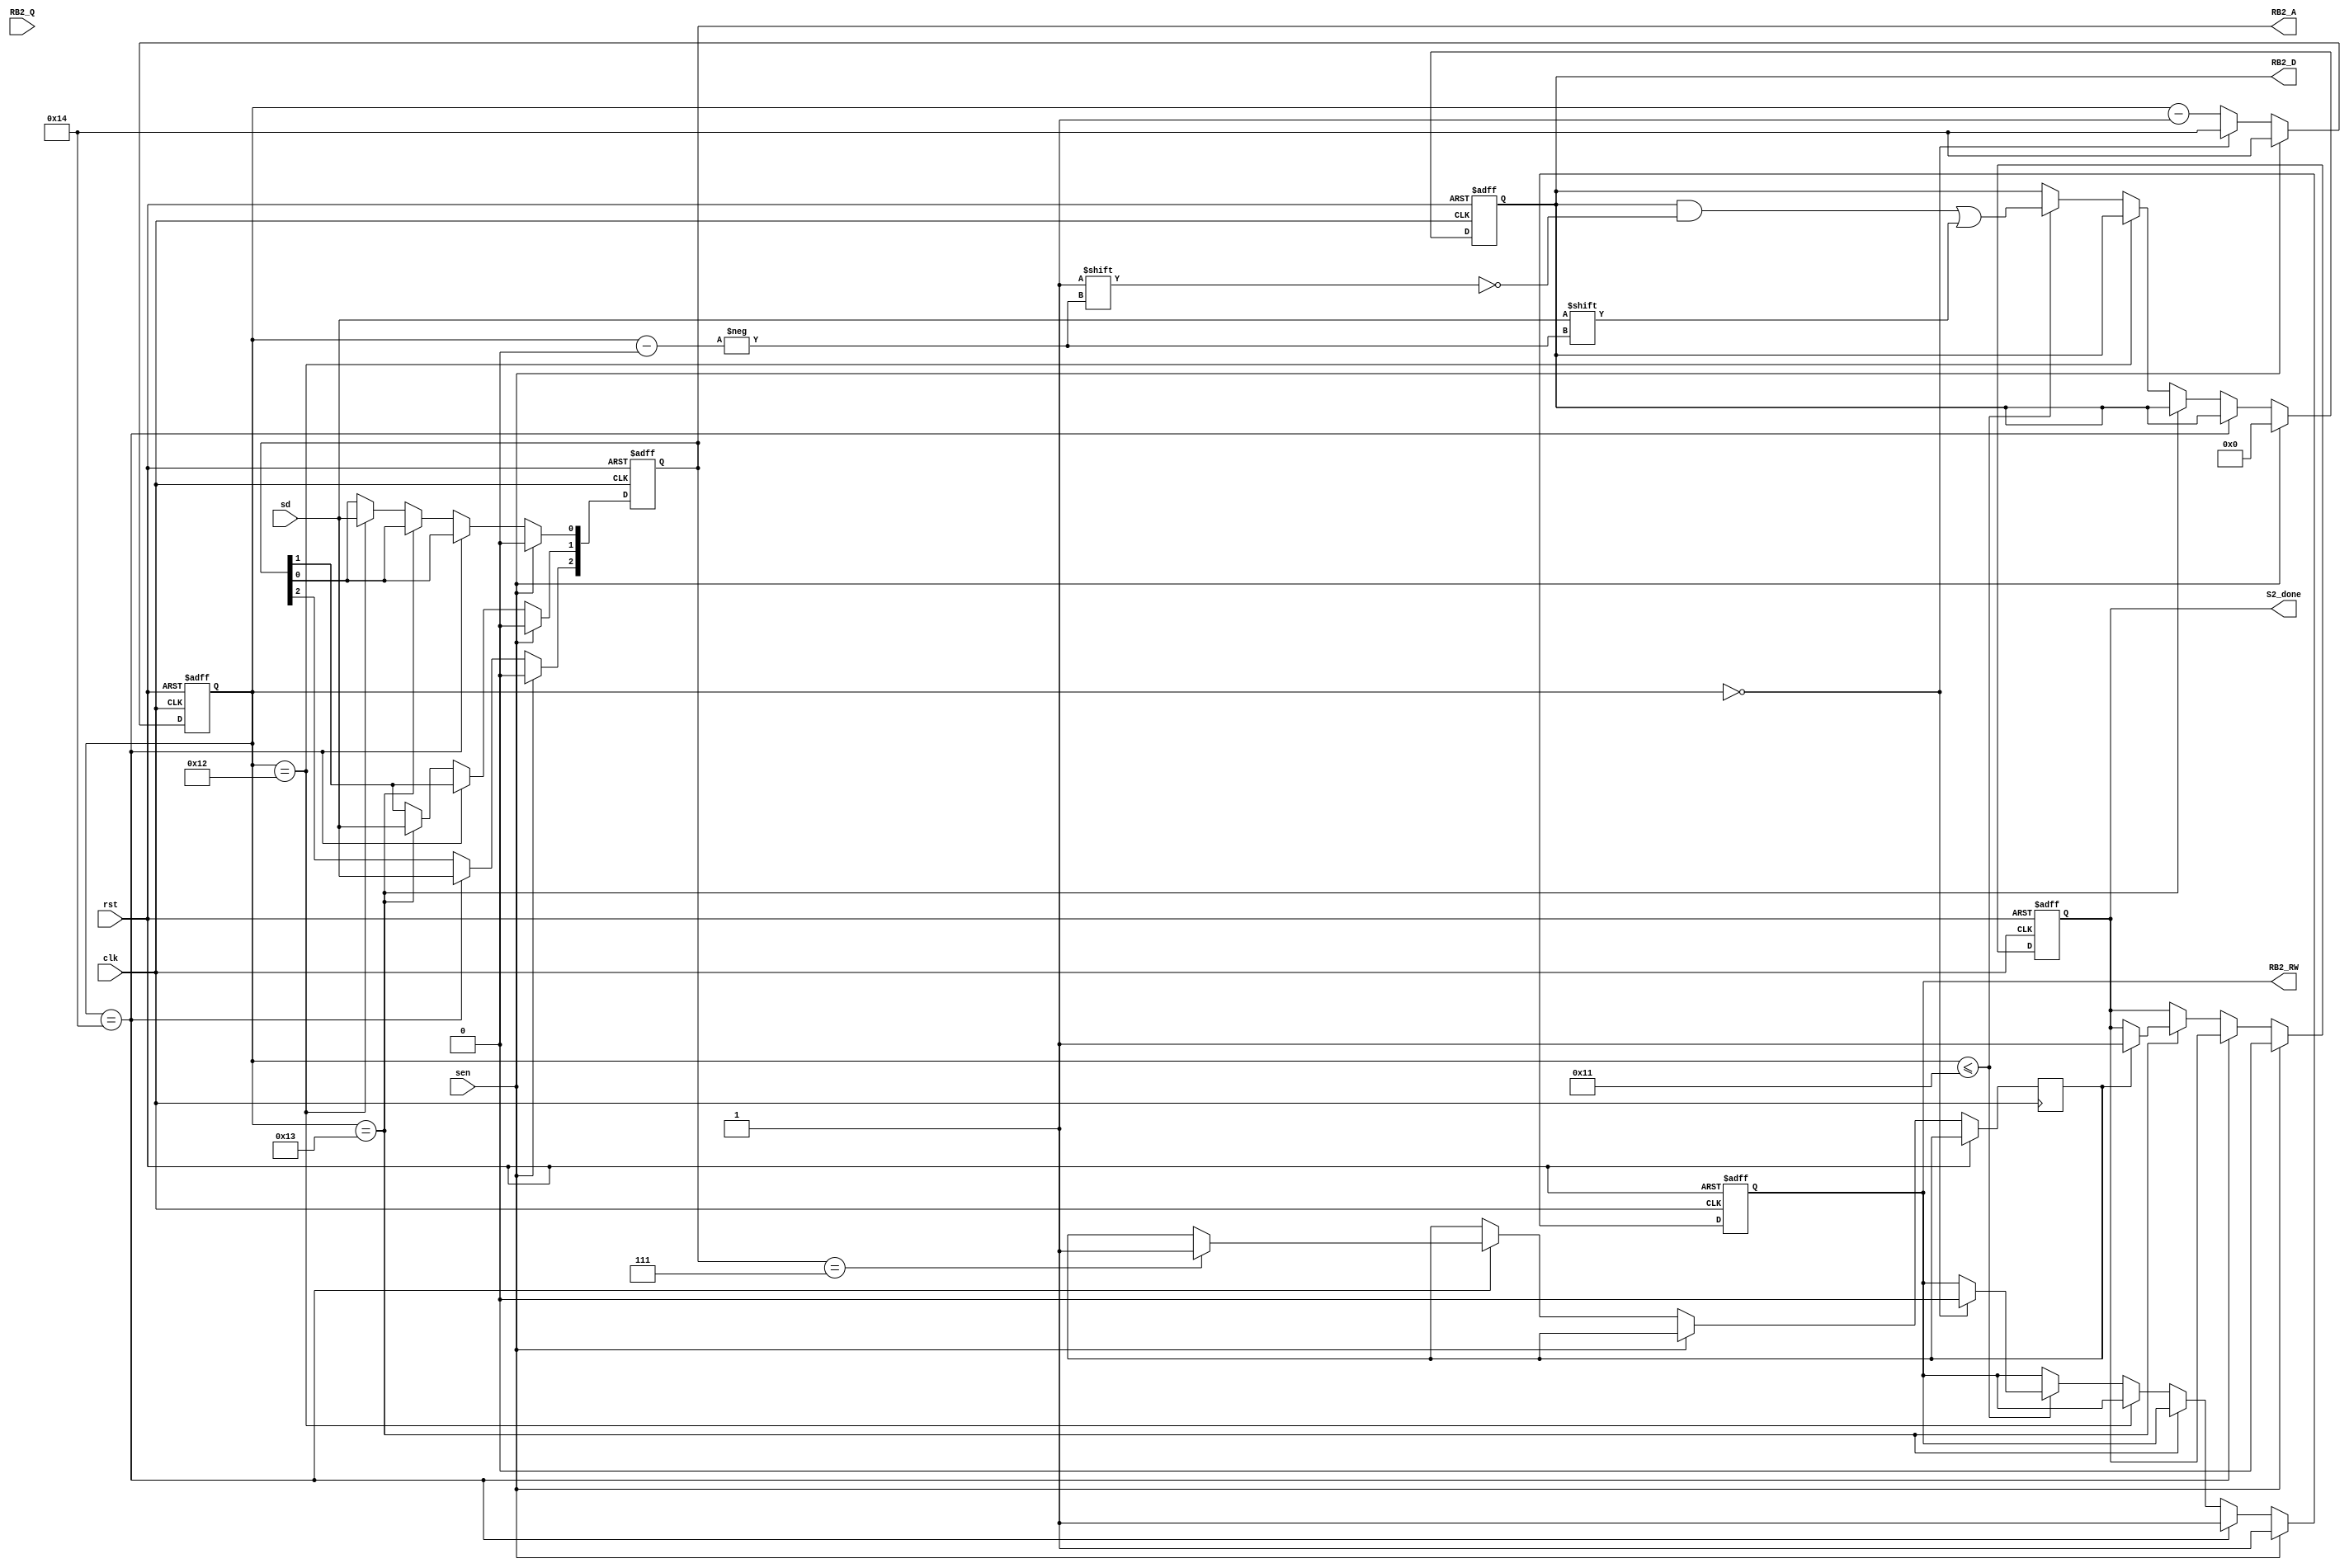
module S2(clk,
	  rst,
	  S2_done,
	  RB2_RW,
	  RB2_A,
	  RB2_D,
	  RB2_Q,
	  sen,
	  sd);

input clk,
      rst;

output reg S2_done,
       RB2_RW;

output reg [2:0] RB2_A;

output reg [17:0] RB2_D;

input [17:0] RB2_Q;

input sen,
      sd;

reg first, done;
reg[4:0] cnt;
//reg[1:0] acnt;
//reg[2:0] addreg;
//reg state; 

//parameter addr = 2'd0;
parameter data = 1'd0;
parameter write = 1'd1;

always @(posedge clk or posedge rst)
begin
	if(rst)
	begin
		RB2_RW <= 1;
		RB2_A <= 0;
		RB2_D <= 0;
		S2_done <= 0; 
                first <= 1;
		cnt <= 5'd20;
		//acnt <= 2'd2;
		//addreg <= 3'd0;
                //state <= data;
	end
	else if(sen)
        begin
            RB2_RW <= 1;
	    RB2_D <= 0;
	    RB2_A <= 0;
	    S2_done <= 0;
		cnt <= 5'd20;
		//acnt <= 2'd2;
		//addreg <= 3'd0;
                //state <= data;
        end
	else begin
		//case(state)
		///addr:
		//begin
			//if(acnt > 2'd0)acnt <= acnt - 1;
			//else 
			//begin
				//state <= data;
				//cnt <= 5'd18;
			//end
			//addreg[acnt] <= sd;
		//end
		//data:
		//begin
			if(cnt == 5'd20) 
                        begin
		             if(RB2_A == 7)done <= 1;
                             RB2_A[2] <= sd;
                             RB2_RW <= 1;
                        end
                        else if(cnt == 5'd19)
                        begin
			     if(done)S2_done <= 1;
                             RB2_A[1] <= sd;
                        end
                        else if(cnt == 5'd18)
                        begin
                             
                             RB2_A[0] <= sd;
                        end
			else if(cnt <= 5'd17)
			begin
				//addreg <= 3'd0;
				//acnt <= 2'd2;
	                        if(cnt == 5'd0)RB2_RW <= 0;
                                RB2_D[cnt] <= sd;
				//state <= write;
			end

			if(cnt == 0) cnt <= 5'd20;
                        else cnt <= cnt - 5'd1;	
                        //RB2_D <= (RB2_D << 1) + sd;
		//end
		//write:
		//begin
			//if(RB2_A < 3'd7) RB2_A <= RB2_A+1;
			//else 
			//begin
		//		S2_done <= 1;
		//	end
		//	RB2_RW <= 1;
               //         RB2_D <= 0;
		//	state <= addr;
		//end
	//endcase
	end
end
endmodule